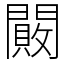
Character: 闝